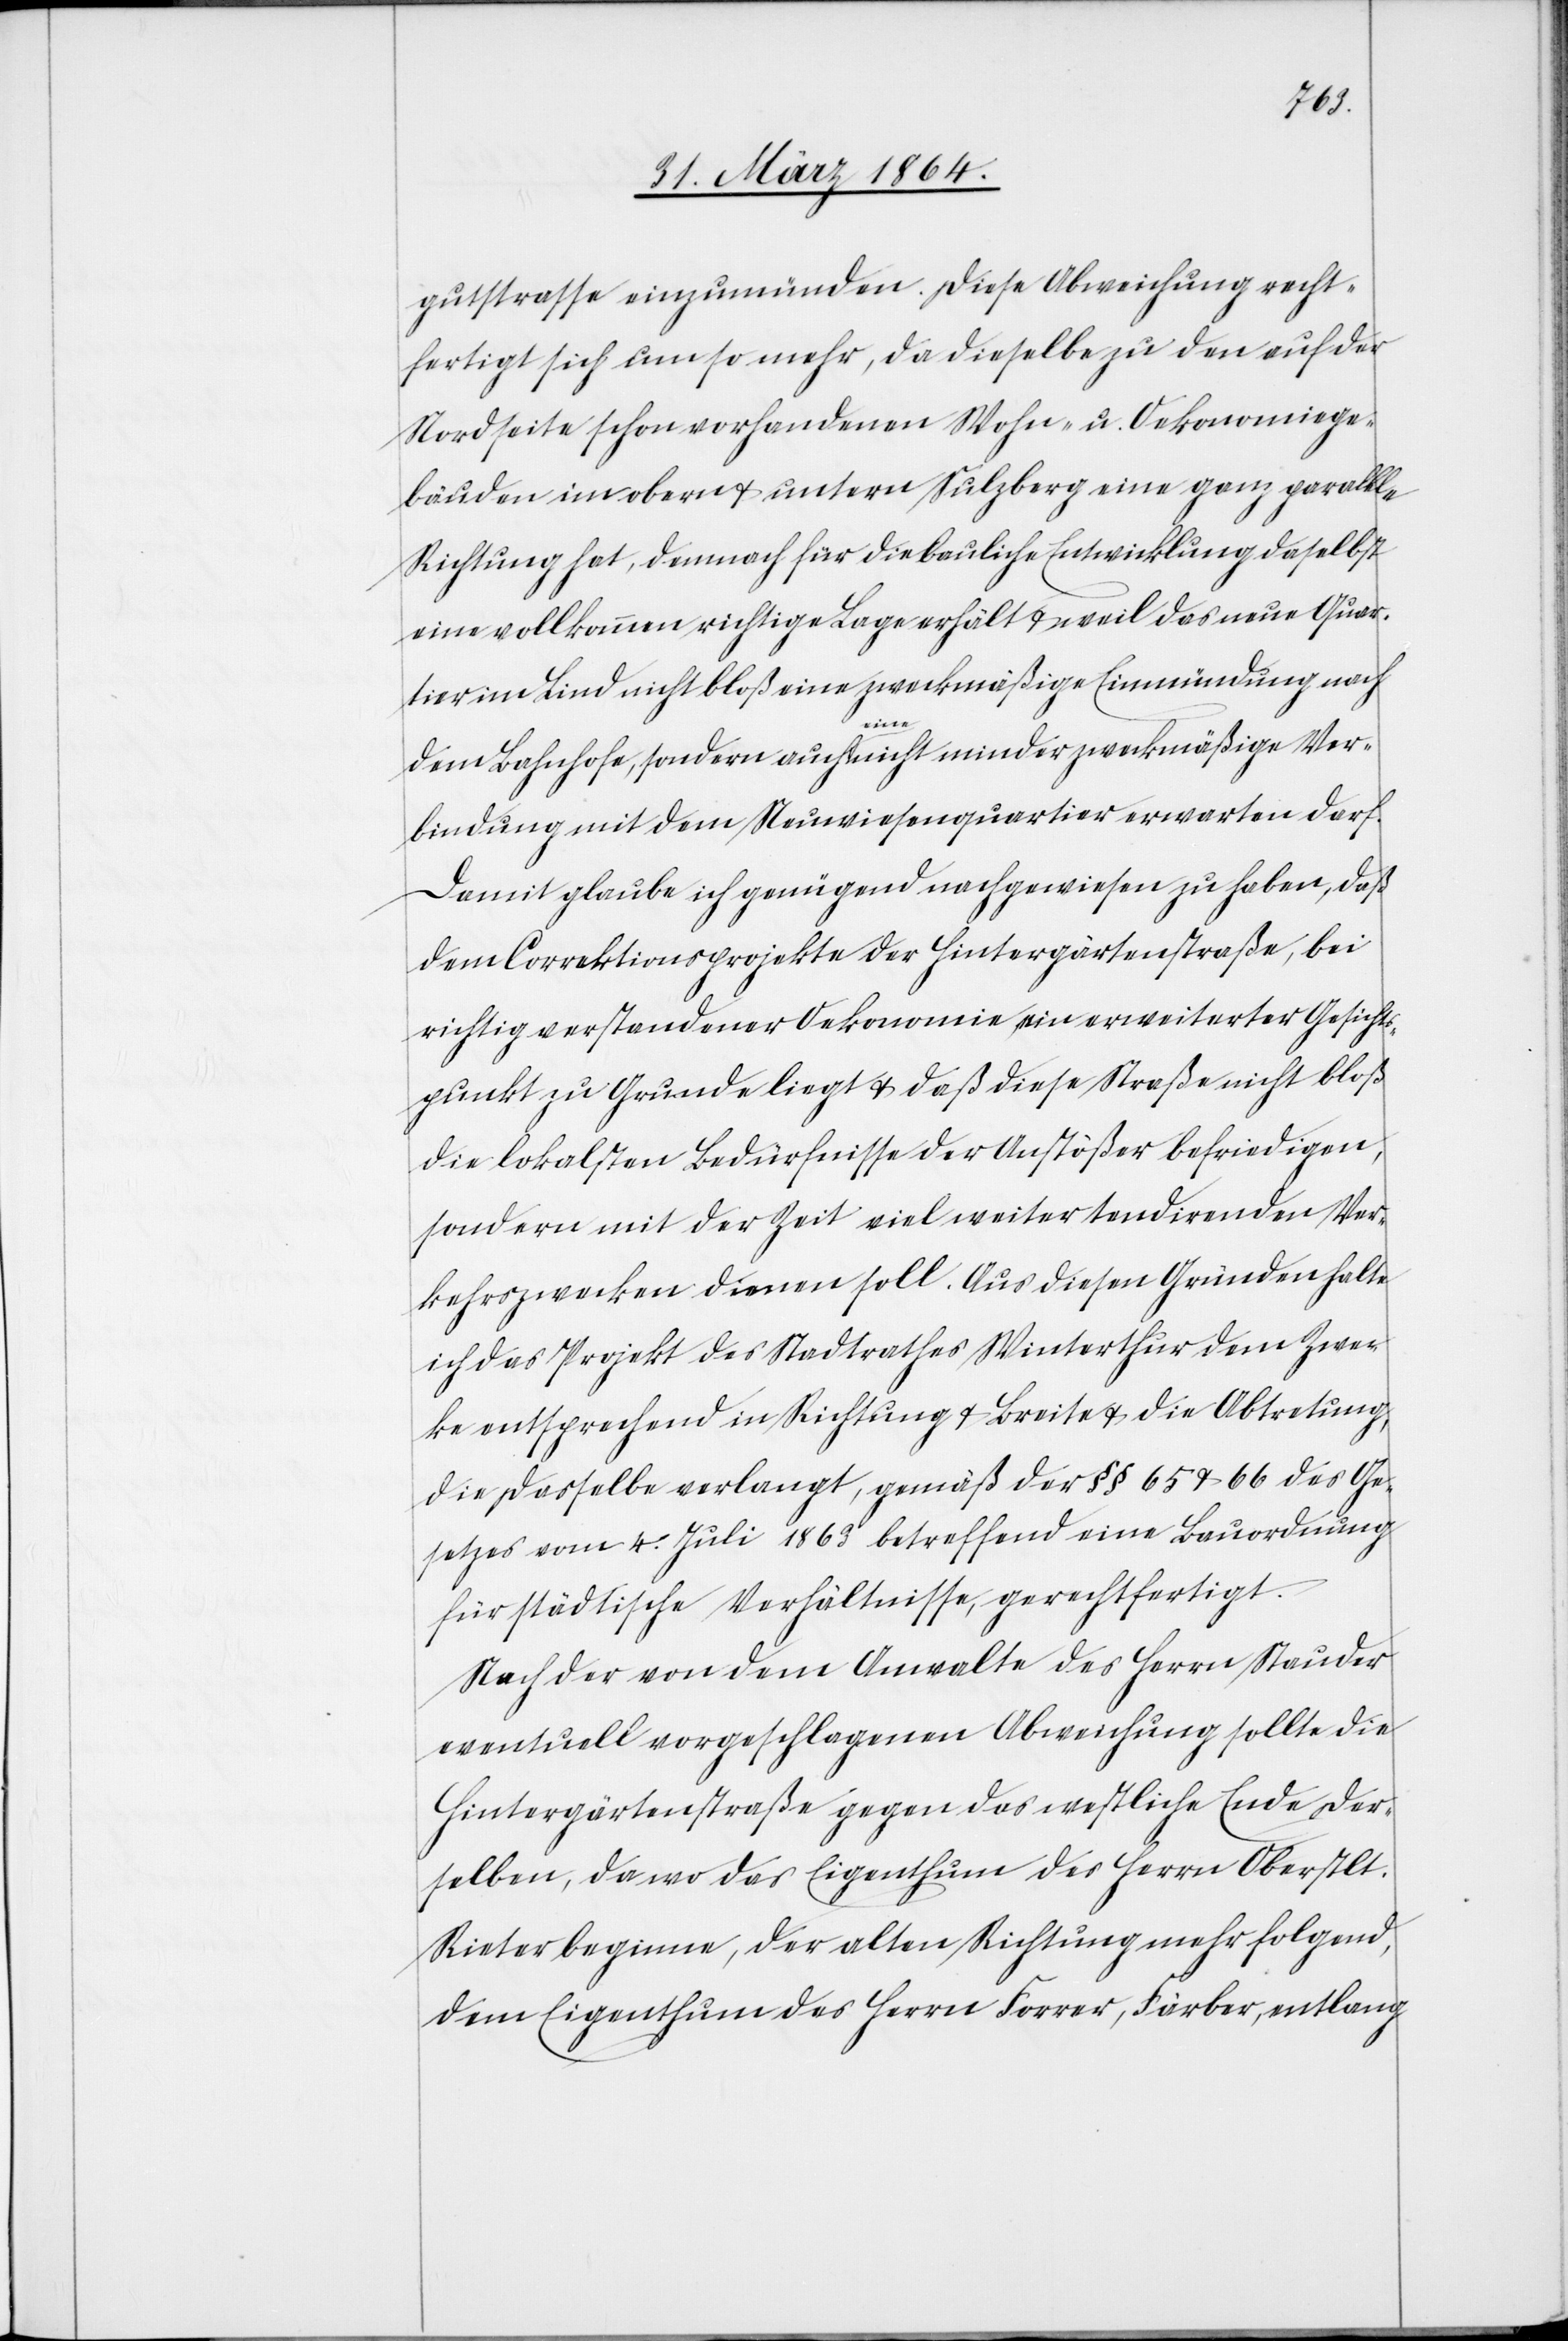
gutstrasse einzumünden. Diese Abweichung recht¬
fertigt sich um so mehr, da dieselbe zu den auf der
Nordseite schon vorhandenen Wohn- u. Oekonomiege¬
bäuden im obern u. untern Sulzberg eine ganz parallele
Richtung hat, demnach für die bauliche Entwicklung daselbst
eine vollkommen richtige Lage erhält u. weil das neue Quar¬
tier im Lind nicht bloß eine zweckmäßige Einmündung nach
dem Bahnhofe, sondern auch eine nicht minder zweckmäßige Ver¬
bindung mit dem Neuwiesenquartier erwarten darf.
Damit glaube ich genügend nachgewiesen zu haben, daß
dem Correktionsprojekte der Hintergärtenstraße, bei
richtig verstandener Oekonomie ein erweiterter Gesichts¬
punkt zu Grunde liegt u. daß diese Straße nicht bloß
die lokalsten Bedürfnisse der Anstößer befriedigen,
sondern mit der Zeit viel weiter tendirenden Ver¬
kehrszwecken dienen soll. Aus diesen Gründen halte
ich das Projekt des Stadtrathes Winterthur dem Zwec¬
ke entsprechend in Richtung u. Breite u. die Abtretung,
die dasselbe verlangt, gemäß der §§ 65 u. 66 des Ge¬
setzes vom 4. Juli 1863 betreffend eine Bauordnung
für städtische Verhältnisse gerechtfertigt.
Nach der von dem Anwalte des Herrn Stauder
eventuell vorgeschlagenen Abweichung sollte die
Hintergärtenstraße gegen das westliche Ende der¬
selben, da wo das Eigenthum des Herrn Oberstlt.
Rieter beginne, der alten Richtung mehr folgend,
dem Eigenthum des Herrn Forrer, Färber, entlang